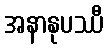
အနာနုပဿီ